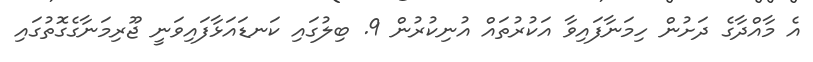
އެ މާއްދާގެ ދަށުން ހިމަނާފައިވާ އަކުރުތައް އުނިކުރުން 9. ބިލުގައި ކަނޑައަޅާފައިވަނީ ޖޫރިމަނާގެގޮތުގައި